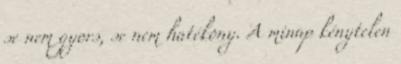
se nem gyors, se nem hatékony. A minap kénytelen